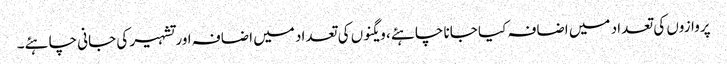
پروازوں کی تعداد میں اضافہ کیا جانا چاہئے ، ویگنوں کی تعداد میں اضافہ اور تشہیر کی جانی چاہئے۔